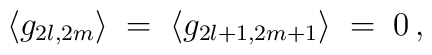
\langle g_{2l,2m} \rangle \;=\;\langle g_{2l+1,2m+1} \rangle \;=\; 0\,,